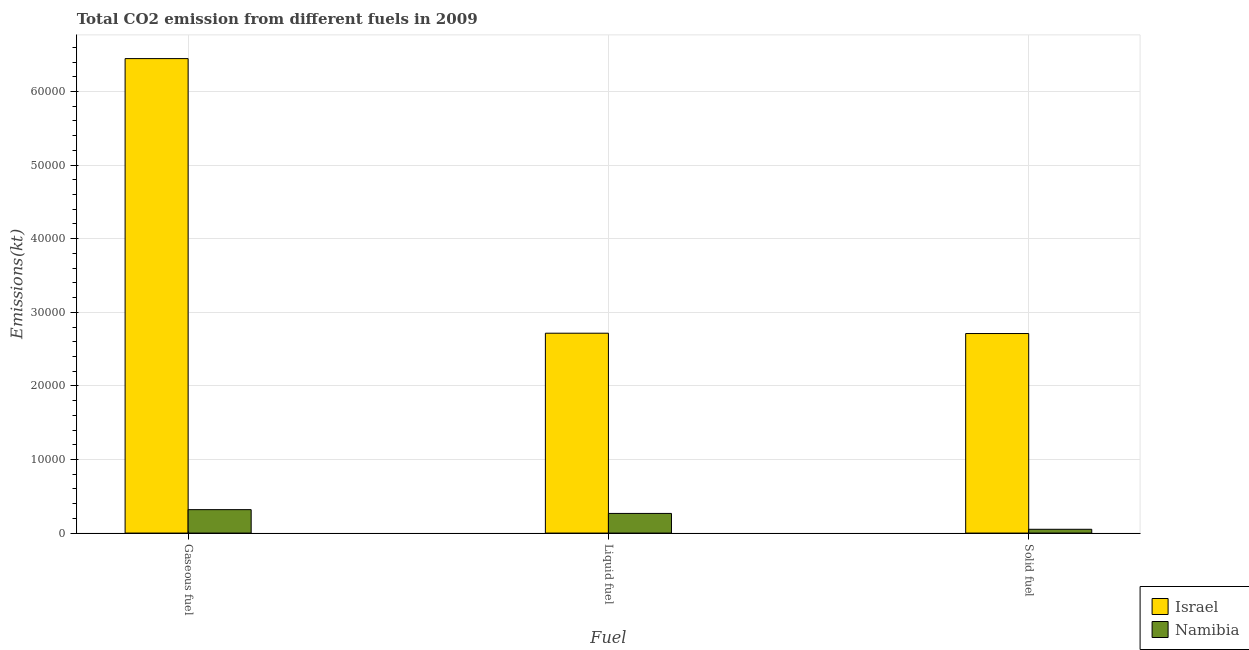
| Fuel | Israel | Namibia |
 | --- | --- | --- |
 | Gaseous fuel | 6.45e+04 | 3.18e+03 |
 | Liquid fuel | 2.72e+04 | 2.67e+03 |
 | Solid fuel | 2.71e+04 | 513 |